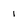
Character: 1